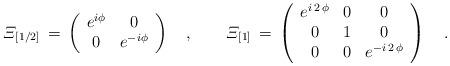
LaTeX: \begin{align*}{\mit\Xi}_{[1/2]}\,=\,\left(\begin{array}{cc}e^{i\phi} & 0\\0 & e^{-i\phi}\end{array}\right)\quad,\qquad{\mit\Xi}_{[1]}\,=\,\left(\begin{array}{ccc}e^{i\,2\,\phi}&0 & 0\\0&1&0\\0 & 0 & e^{-i\,2\,\phi}\end{array}\right)\quad.\end{align*}